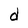
Character: d